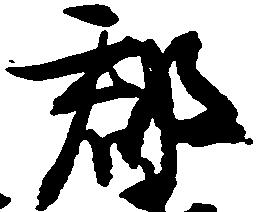
郡